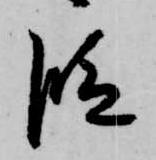
段